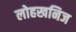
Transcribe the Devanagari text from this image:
लोहखनिज